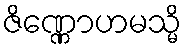
ဇိဏ္ဏောဟမသ္မိ